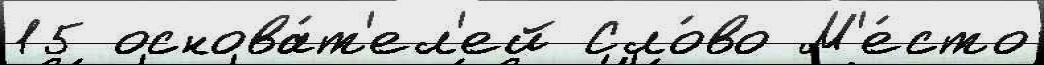
15 основа́т'ел'ей Сло́во М'е́сто